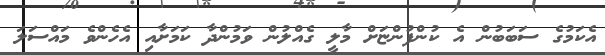
އެކަމުގެ ސަބަބުން އެ ކުންފުންޏަށް މާލީ ގެއްލުން ވަމުންދާ ކަމަށާއި އެހެންވެ މައްސަލަ